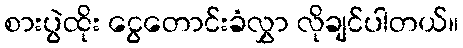
စားပွဲထိုး ငွေတောင်းခံလွှာ လိုချင်ပါတယ်။